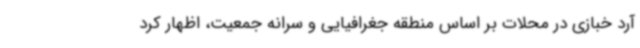
آرد خبازی در محلات بر اساس منطقه جغرافیایی و سرانه جمعیت، اظهار کرد